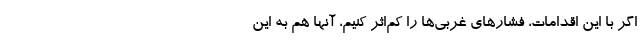
اگر با این اقدامات، فشارهای غربی‌ها را کم‌اثر کنیم، آنها هم به این